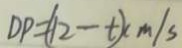
D P = ( 1 2 - t ) ( m / s